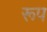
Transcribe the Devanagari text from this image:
रूप